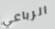
الرباعي